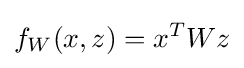
f_{W}(x,z)=x^{T}Wz